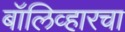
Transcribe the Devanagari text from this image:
बॉलिव्हारचा